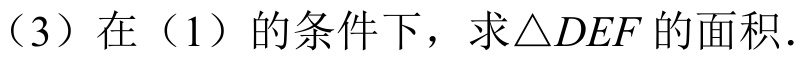
（3）在（1）的条件下，求\(\triangle DEF\)的面积．